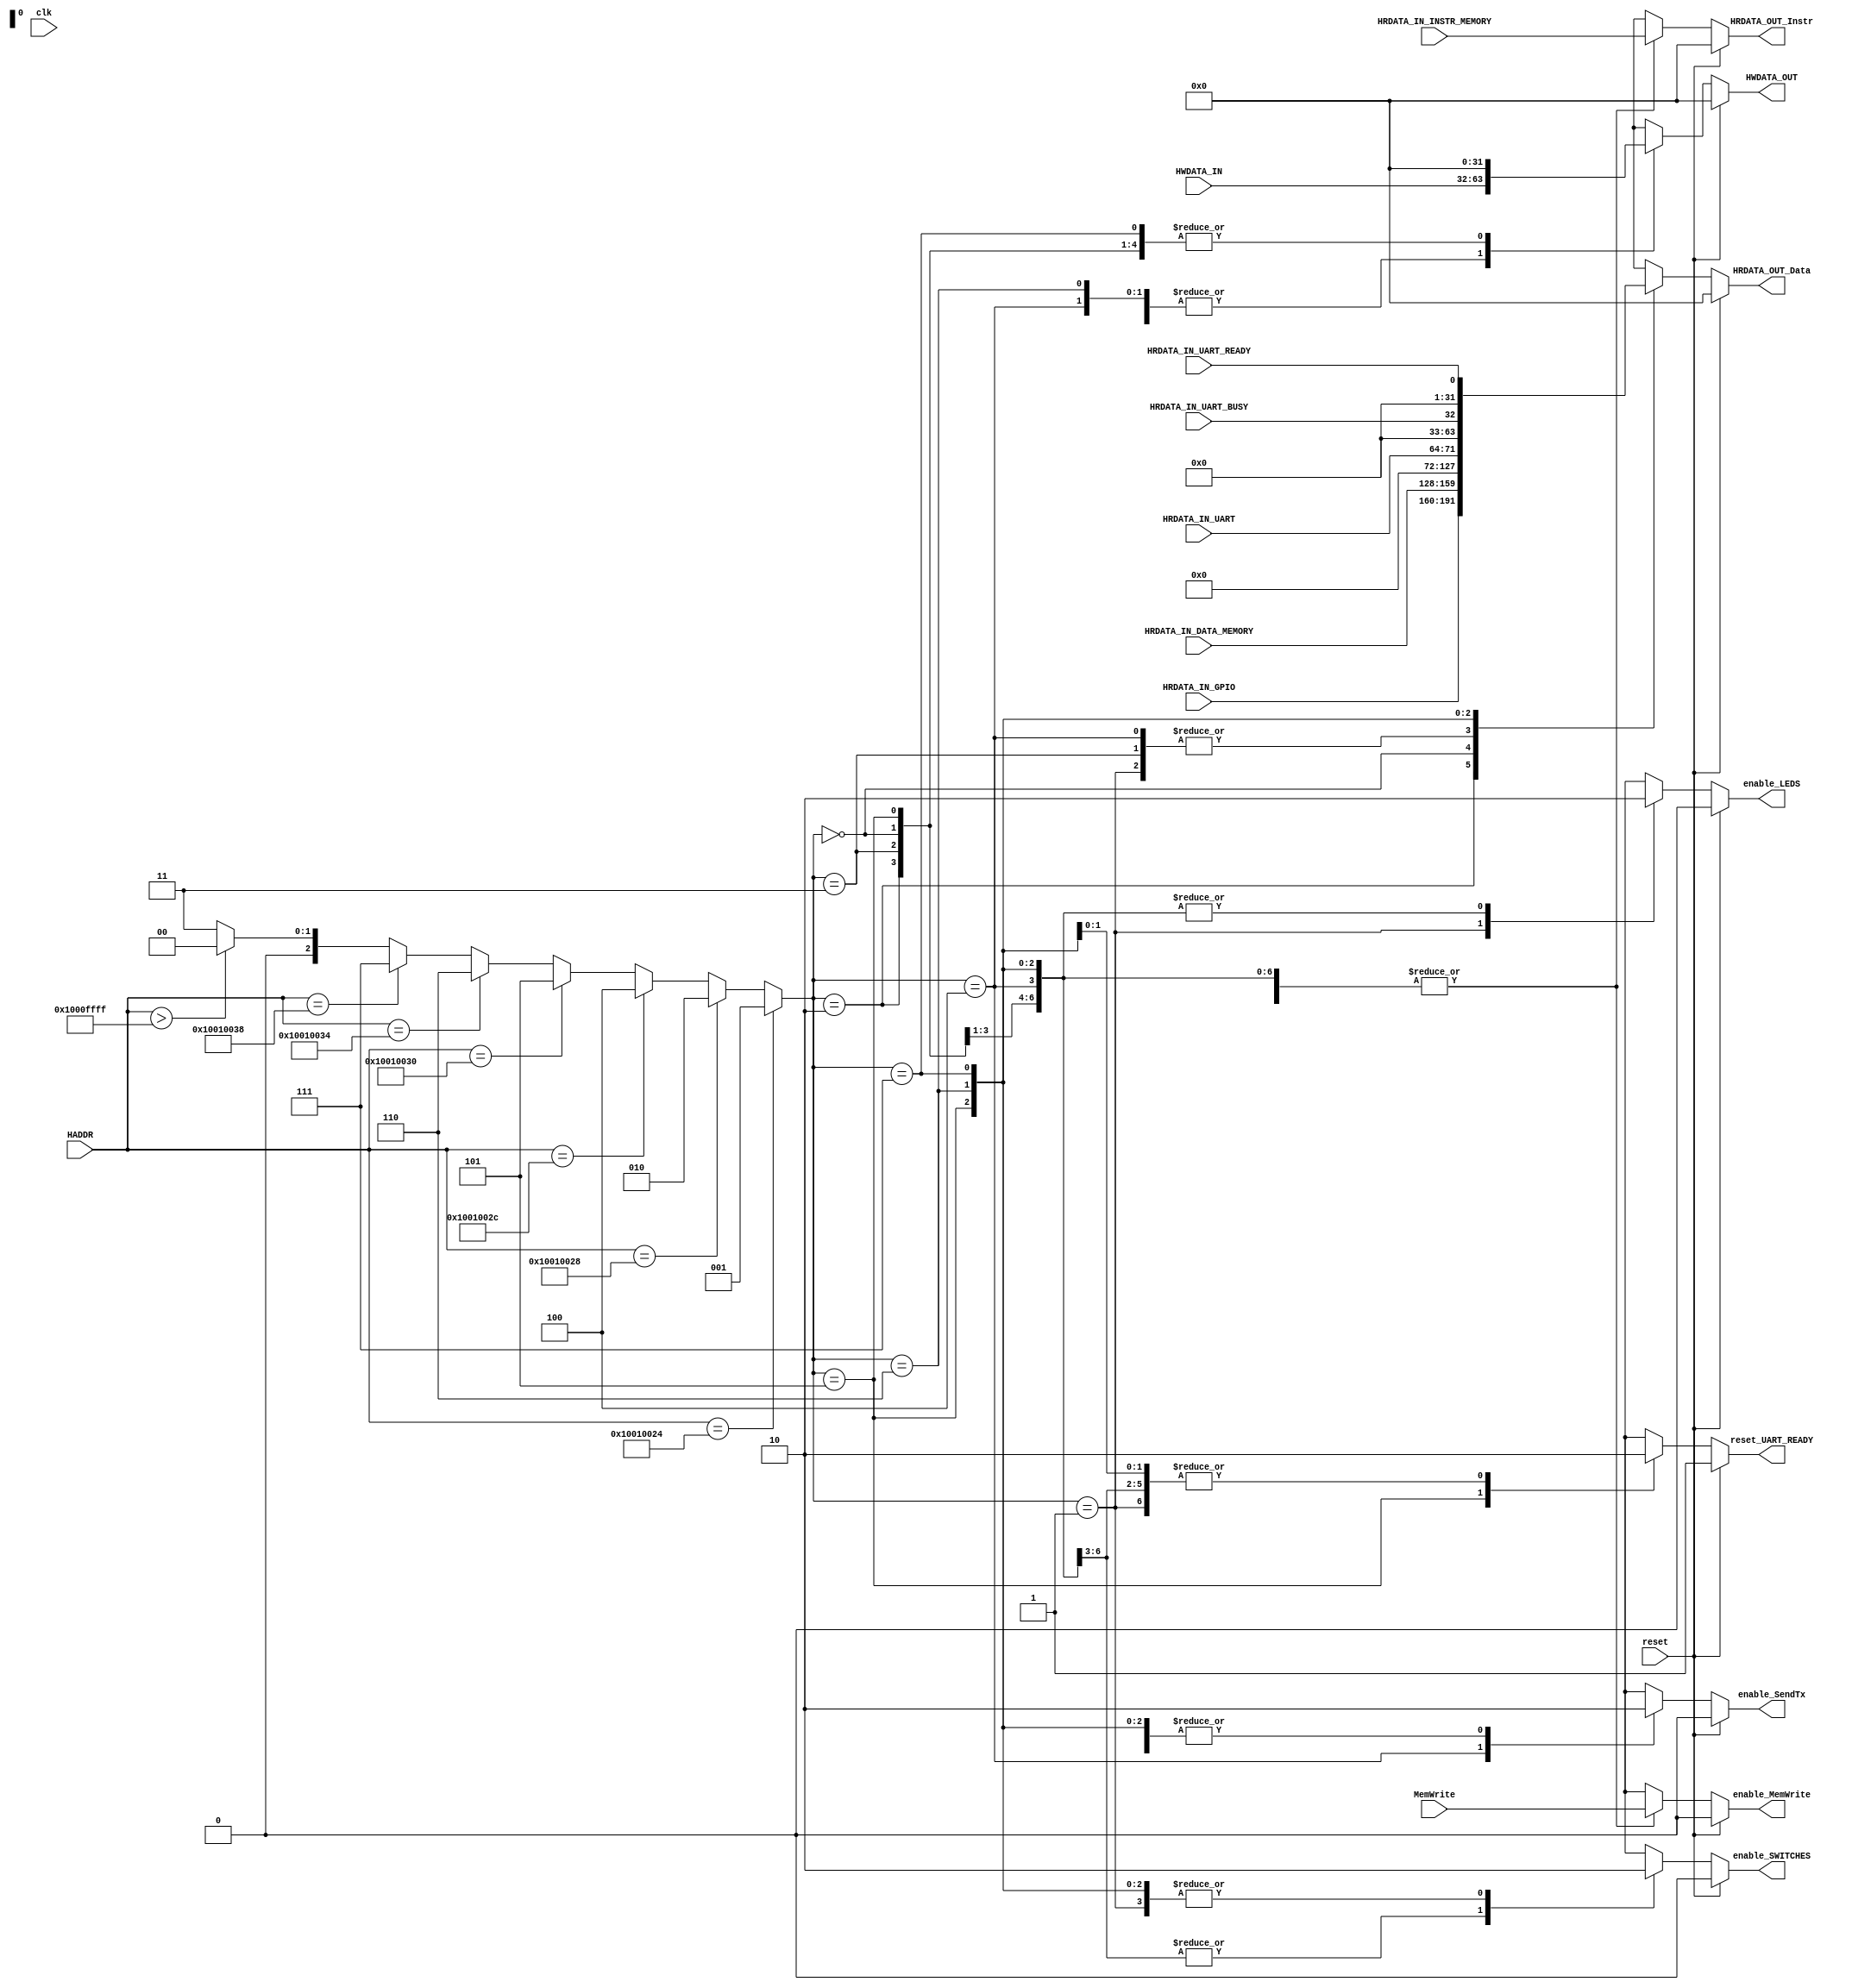
module PCH (
    input clk, reset, MemWrite,
	 input [31:0] HADDR,
	 input [31:0] HRDATA_IN_GPIO, HRDATA_IN_INSTR_MEMORY, HRDATA_IN_DATA_MEMORY,
	 input [7:0] HRDATA_IN_UART,
	 input [31:0] HWDATA_IN,
	 input HRDATA_IN_UART_BUSY, HRDATA_IN_UART_READY,
	 output reg enable_LEDS, enable_SWITCHES, enable_MemWrite, enable_SendTx, reset_UART_READY,
//	 output reg enable_WRITE,
    output reg [31:0] HRDATA_OUT_Instr,HRDATA_OUT_Data, HWDATA_OUT
    );

	 
	 

//localparam LEDS = 'h10010024;
//localparam SWITCHES = 'h10010028;
localparam DATA_MEMORY			= 3'b000;
localparam LEDS					= 3'b001;
localparam SWITCHES				= 3'b010;
localparam INSTR_MEMORY			= 3'b011;
localparam UART_TX				= 3'b100;
localparam UART_RX				= 3'b101;
localparam UART_BUSY				= 3'b110; //Para ver si aun sigue mandando los bits del Tx
localparam UART_READY			= 3'b111; //Para ver si ya nos llego algo del Rx
//reg [31:0] HWDATA_UART_TX;


reg [2:0] pheripherals;

always @*
	begin
		if(HADDR == 'h10010024)
			pheripherals = 3'b001;
		else if(HADDR == 'h10010028)
			pheripherals = 3'b010;
		else if(HADDR == 'h1001002C)			//Direccion de la UART_TX, en realidad es la direccion 0x1001002C pero esta decodificada
			pheripherals = 3'b100;
		else if(HADDR == 'h10010030)			//Direccion de la UART_RX, en realidad es la direccion 0x10010030 pero esta decodificada
			pheripherals = 3'b101;
		else if(HADDR == 'h10010034)			//Direccion de la UART_BUSY, en realidad es la direccion 0x10010034 pero esta decodificada
			pheripherals = 3'b110;
		else if(HADDR == 'h10010038)			//Direccion de la UART_READY, en realidad es la direccion 0x10010038 pero esta decodificada
			pheripherals = 3'b111;
		else if(HADDR > 'h1000FFFF)			//Direccion de la memoria de datos
			pheripherals = 3'b000;
		else
			pheripherals = 3'b011;
	end
	

always@*
    begin
		if(reset)
			begin
            HRDATA_OUT_Instr = 32'b0;
				HRDATA_OUT_Data = 32'b0;
				reset_UART_READY	= 1'b1;
				enable_LEDS = 1'b0;
				enable_SWITCHES = 1'b0;
				enable_MemWrite = 1'b0;
				enable_SendTx = 1'b0;
				HWDATA_OUT = 'h0;
			end
        else
			case(pheripherals)
				LEDS:
				begin
					enable_LEDS 		= 1'b1;
					enable_SWITCHES 	= 1'b0;
					enable_MemWrite	= MemWrite;
					enable_SendTx		=	1'b0;
					reset_UART_READY	= 1'b0;
					HRDATA_OUT_Instr = HRDATA_IN_INSTR_MEMORY;
					HRDATA_OUT_Data = 'h0;
					HWDATA_OUT = HWDATA_IN;
				end
				SWITCHES:
				begin
					enable_LEDS 		= 1'b0;
					enable_SWITCHES 	= 1'b1;
					enable_MemWrite	= MemWrite;
					enable_SendTx		=	1'b0;
					reset_UART_READY	= 1'b0;
					HRDATA_OUT_Instr = HRDATA_IN_INSTR_MEMORY;
					HRDATA_OUT_Data = HRDATA_IN_GPIO;
					HWDATA_OUT = 'h0;
				end
				INSTR_MEMORY:
				begin
					enable_LEDS 				= 1'b0;
					enable_SWITCHES 			= 1'b1;
					enable_MemWrite			= MemWrite;
					enable_SendTx				=	1'b0;
					reset_UART_READY			= 1'b0;
					HRDATA_OUT_Instr = HRDATA_IN_INSTR_MEMORY;
					HRDATA_OUT_Data = 'h0;
					HWDATA_OUT = 'h0;
				end
				DATA_MEMORY:
				begin
					enable_LEDS 				= 1'b0;
					enable_SWITCHES 			= 1'b1;
					enable_MemWrite			= MemWrite;
					enable_SendTx				=	1'b0;
					reset_UART_READY			= 1'b0;
					HRDATA_OUT_Instr = HRDATA_IN_INSTR_MEMORY;
					HRDATA_OUT_Data = HRDATA_IN_DATA_MEMORY;
					HWDATA_OUT = 'h0;
				end
				UART_TX:
				begin
					enable_LEDS 		= 1'b0;
					enable_SWITCHES 	= 1'b1;
					enable_MemWrite	= MemWrite;
					enable_SendTx		=	1'b1;
					reset_UART_READY	= 1'b0;
					HRDATA_OUT_Instr = HRDATA_IN_INSTR_MEMORY;
					HRDATA_OUT_Data = 'h0;
					HWDATA_OUT = HWDATA_IN;
				end
				UART_RX:
				begin
					enable_LEDS 		= 1'b0;
					enable_SWITCHES 	= 1'b0;
					enable_MemWrite	= MemWrite;
					enable_SendTx		=	1'b0;
					reset_UART_READY	= 1'b1;
					HRDATA_OUT_Instr = HRDATA_IN_INSTR_MEMORY;
					HRDATA_OUT_Data = {{24{1'b0}},HRDATA_IN_UART[7:0]};
					HWDATA_OUT = 'h0;
				end
				UART_BUSY:
				begin
					enable_LEDS 		= 1'b0;
					enable_SWITCHES 	= 1'b0;
					enable_MemWrite	= MemWrite;
					enable_SendTx		=	1'b0;
					reset_UART_READY	= 1'b0;
					HRDATA_OUT_Instr = HRDATA_IN_INSTR_MEMORY;
					HRDATA_OUT_Data = {{31{1'b0}},HRDATA_IN_UART_BUSY};
					HWDATA_OUT = HWDATA_IN;
				end
				UART_READY:
				begin
					enable_LEDS 		= 1'b0;
					enable_SWITCHES 	= 1'b0;
					enable_MemWrite	= MemWrite;
					enable_SendTx		=	1'b0;
					reset_UART_READY	= 1'b0;
					HRDATA_OUT_Instr = HRDATA_IN_INSTR_MEMORY;
					HRDATA_OUT_Data = {{31{1'b0}},HRDATA_IN_UART_READY};
					HWDATA_OUT = 'h0;
				end
				default:
				begin
					enable_LEDS 		= 1'b0;
					enable_SWITCHES 	= 1'b1;
					enable_MemWrite	= 1'b0;
					enable_SendTx		=	1'b0;
					reset_UART_READY	= 1'b1;
					HRDATA_OUT_Instr = HRDATA_IN_INSTR_MEMORY;
					HRDATA_OUT_Data = HRDATA_IN_DATA_MEMORY;
					HWDATA_OUT = 'h0;
				end
			endcase
    end

endmodule